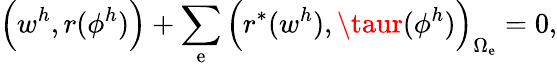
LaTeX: \Big(w^{h},r(\phi^{h})\Big)+\sum_{\mathrm{e}}\Big(r^{*}(w^{h}),\taur(\phi^{h})\Big)_{\Omega_{\mathrm{e}}}=0,